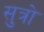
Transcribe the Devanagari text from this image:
सुत्रो